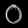
Digit: ၀